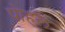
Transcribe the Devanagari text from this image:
पोहल